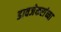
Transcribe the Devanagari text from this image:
डावजेकरांच्या